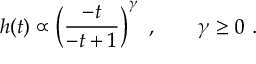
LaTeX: h ( t ) \propto \left( \frac { - t } { - t + 1 } \right) ^ { \gamma } ~ , \mathrm { ~ ~ ~ ~ ~ ~ } \gamma \geq 0 ~ .